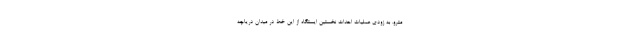
مترو، به زودی عملیات احداث نخستین ایستگاه از این خط در میدان دریاچه